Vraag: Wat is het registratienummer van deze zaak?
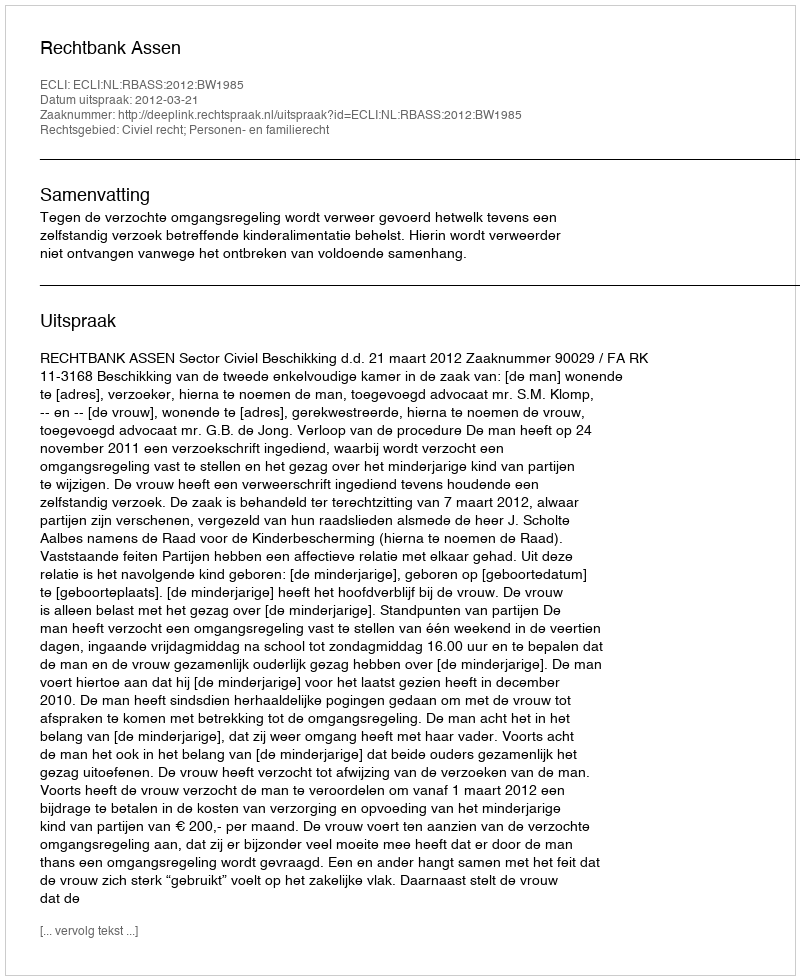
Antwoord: http://deeplink.rechtspraak.nl/uitspraak?id=ECLI:NL:RBASS:2012:BW1985